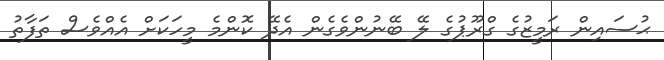
ޙުސައިން ރަމީޒުގެ ގްރޫޕުގެ ލޭ ބޭނުންވެގެން އެދޭ ކޮންމެ މީހަކަށް އެއްވެސް ތަފާތު